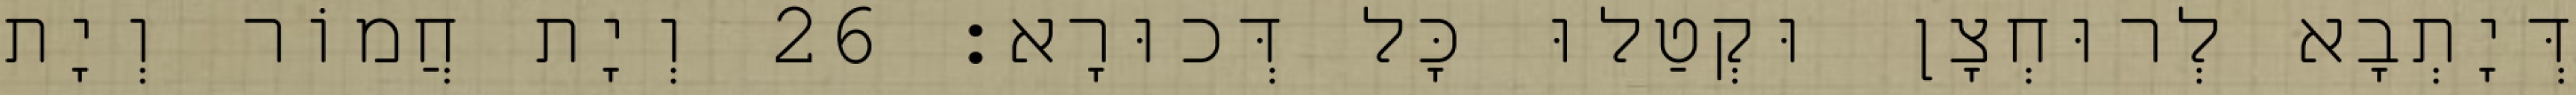
דְּיָתְבָא לְרוּחְצָן וּקְטַלוּ כָּל דְּכוּרָא׃ 26 וְיָת חֲמוֹר וְיָת